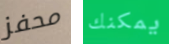
محفز يمكنك